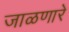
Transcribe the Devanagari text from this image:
जाळणारे